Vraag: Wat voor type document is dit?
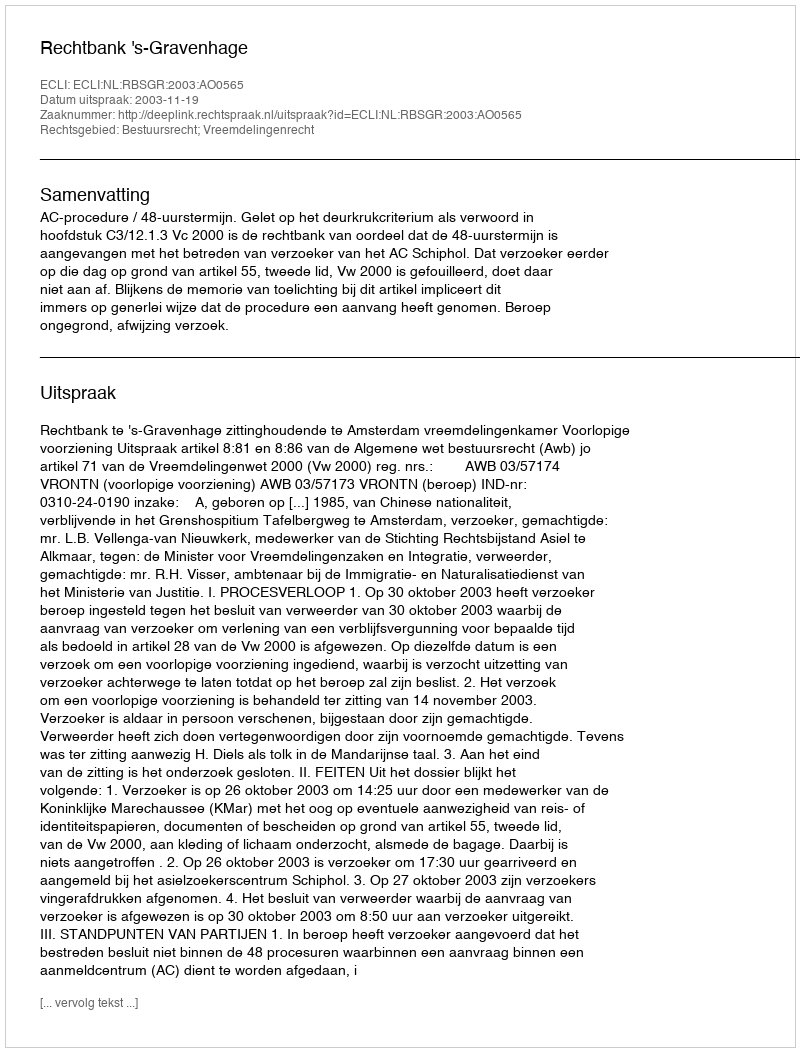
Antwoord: Uitspraak